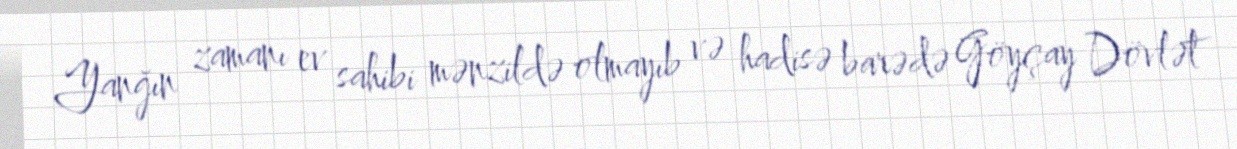
Yanğın zamanı ev sahibi mənzildə olmayıb və hadisə barədə Göyçay Dövlət